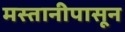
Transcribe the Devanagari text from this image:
मस्तानीपासून